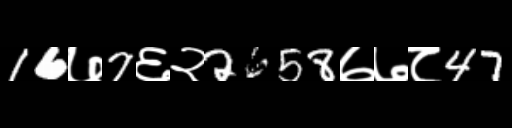
Text: 16७7६२2658७७८47